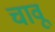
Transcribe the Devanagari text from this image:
चावू